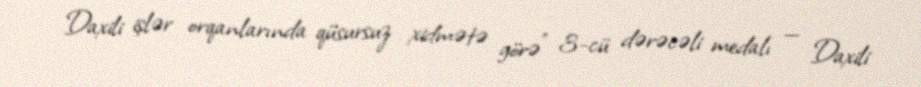
Daxili işlər orqanlarında qüsursuz xidmətə görə" 3-cü dərəcəli medalı — Daxili